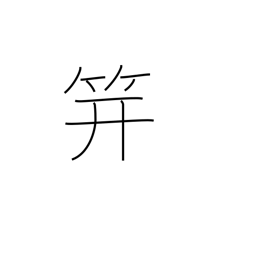
Meaning: hairpin